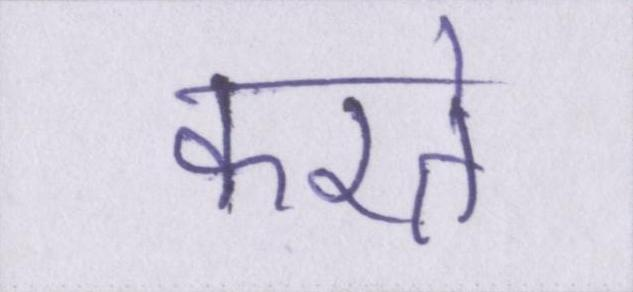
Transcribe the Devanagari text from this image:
करते